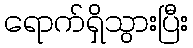
ရောက်ရှိသွားပြီး